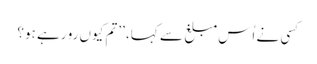
کسی نے اُس مبلغ سے کہا، ’’تم کیوں رو رہے ہو؟